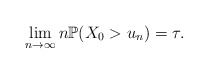
\begin{align*}\lim_{n\to\infty}n\mathbb{P}(X_0>u_n) = \tau.\end{align*}